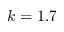
k = 1 . 7